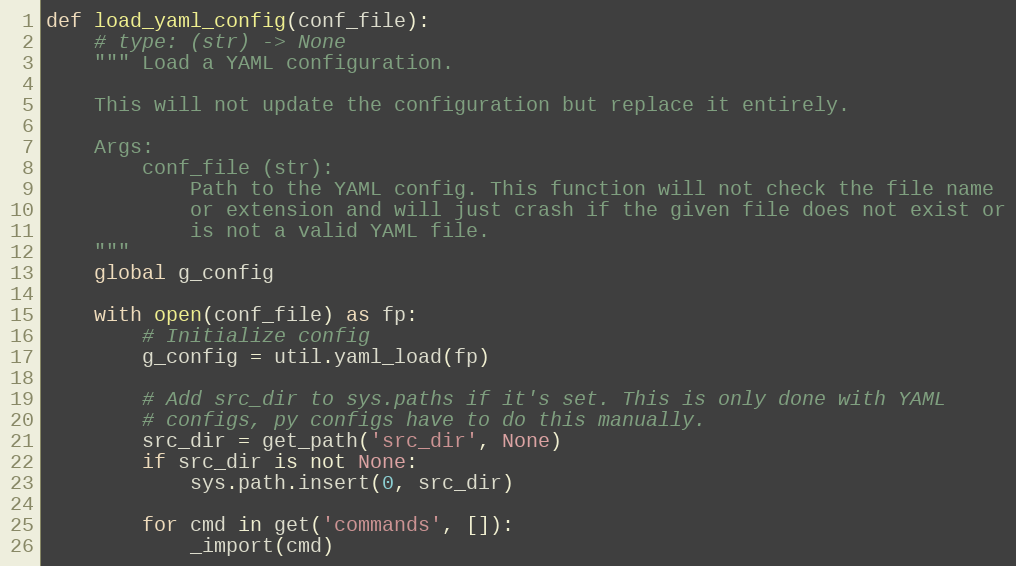
Language: Python
def load_yaml_config(conf_file):
    # type: (str) -> None
    """ Load a YAML configuration.

    This will not update the configuration but replace it entirely.

    Args:
        conf_file (str):
            Path to the YAML config. This function will not check the file name
            or extension and will just crash if the given file does not exist or
            is not a valid YAML file.
    """
    global g_config

    with open(conf_file) as fp:
        # Initialize config
        g_config = util.yaml_load(fp)

        # Add src_dir to sys.paths if it's set. This is only done with YAML
        # configs, py configs have to do this manually.
        src_dir = get_path('src_dir', None)
        if src_dir is not None:
            sys.path.insert(0, src_dir)

        for cmd in get('commands', []):
            _import(cmd)